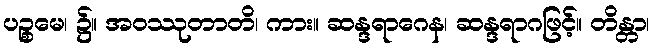
ပဉ္စမေ၊ ၌။ အဝဿုတာတိ၊ ကား။ ဆန္ဒရာဂေန၊ ဆန္ဒရာဂဖြင့်။ တိန္တာ၊